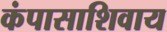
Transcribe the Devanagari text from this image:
कंपासाशिवाय